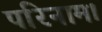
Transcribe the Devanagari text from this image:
परिनाम।